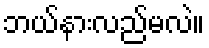
ဘယ်နားလည်မလဲ။